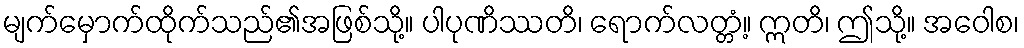
မျက်မှောက်ထိုက်သည်၏အဖြစ်သို့။ ပါပုဏိဿတိ၊ ရောက်လတ္တံ့။ ဣတိ၊ ဤသို့။ အဝေါစ၊